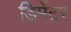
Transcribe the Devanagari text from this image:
डिमेंटर